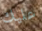
عليك